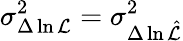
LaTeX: \sigma_{\Delta\ln{\cal L}}^{2}=\sigma_{\Delta\ln\hat{\cal L}}^{2}